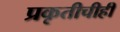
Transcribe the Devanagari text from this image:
प्रकृतीचीही